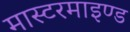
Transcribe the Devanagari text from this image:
मास्टरमाइण्ड